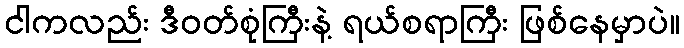
ငါကလည်း ဒီဝတ်စုံကြီးနဲ့ ရယ်စရာကြီး ဖြစ်နေမှာပဲ။